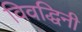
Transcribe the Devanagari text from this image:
विवद्धिनी